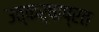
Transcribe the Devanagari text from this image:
उत्कर्षाप्रत